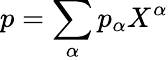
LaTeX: p=\sum_{\alpha}p_{\alpha}X^{\alpha}